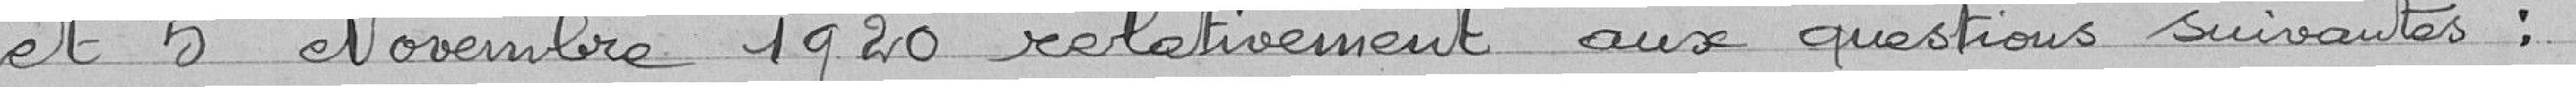
et 5 Novembre 1920 relativement aux questions suivantes :